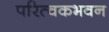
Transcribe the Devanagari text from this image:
परित्वकभवन